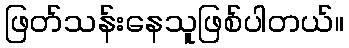
ဖြတ်သန်းနေသူဖြစ်ပါတယ်။